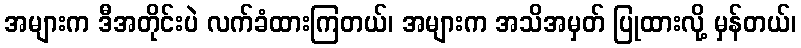
အများက ဒီအတိုင်းပဲ လက်ခံထားကြတယ်၊ အများက အသိအမှတ် ပြုထားလို့ မှန်တယ်၊